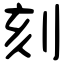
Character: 刻